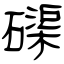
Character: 磲